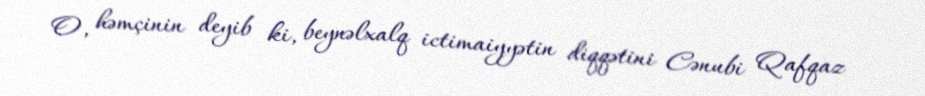
O, həmçinin deyib ki, beynəlxalq ictimaiyyətin diqqətini Cənubi Qafqaz